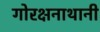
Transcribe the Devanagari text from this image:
गोरक्षनाथानी